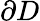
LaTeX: \partial D